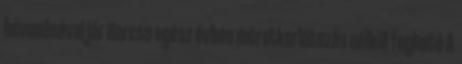
bevonásával jár Harcsa egész évben méretkorlátozás nélkül fogható A